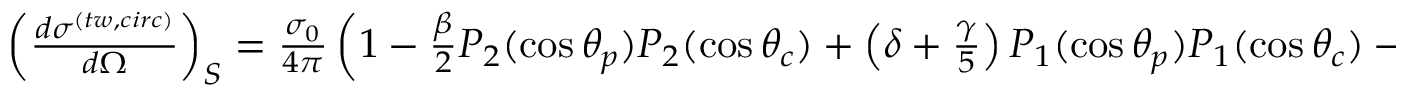
\begin{array} { r } { \left( \frac { d \sigma ^ { ( t w , c i r c ) } } { d \Omega } \right) _ { S } = \frac { \sigma _ { 0 } } { 4 \pi } \left( 1 - \frac { \beta } { 2 } P _ { 2 } ( \cos \theta _ { p } ) P _ { 2 } ( \cos \theta _ { c } ) + \left( \delta + \frac { \gamma } { 5 } \right) P _ { 1 } ( \cos \theta _ { p } ) P _ { 1 } ( \cos \theta _ { c } ) - \frac { \gamma } { 5 } P _ { 3 } ( \cos \theta _ { p } ) P _ { 3 } ( \cos \theta _ { c } ) \right) . } \end{array}